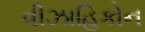
વીઝાહિકોન